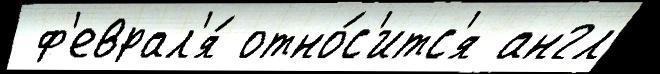
 ф'еврал'я́ отно́с'итс'я англ